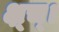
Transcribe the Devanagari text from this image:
क्ष्च्।